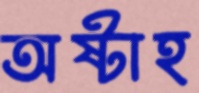
অষ্টাহ